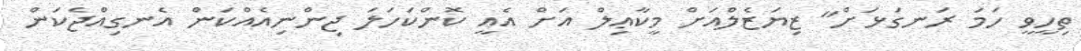
ތިހީވީ ހަމަ ރަނގަޅަށް" ޒިޔަޒެލްއަށް މީކާޢިލް އަށް އެއީ ކޮންކަހަލަ ޖިންނިއެއްކަން އެނގިއްޖެކަން